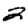
Digit: 2